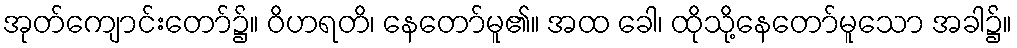
အုတ်ကျောင်းတော်၌။ ဝိဟရတိ၊ နေတော်မူ၏။ အထ ခေါ၊ ထိုသို့နေတော်မူသော အခါ၌။